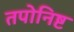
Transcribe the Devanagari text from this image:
तपोनिष्ट